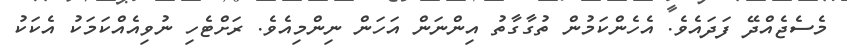
މެސެޖެއްދޭ ފަދައެވެ. އެހެންކަމުން ތުގާގާތު އިންނަން އަަހަން ނިންމިއެވެ. ރަށްޓެހި ނުވިއެއްކަމަކު އެކަކު